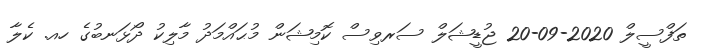
ތަފްސީލް 2020-09-20 ޖުޑީޝަލް ސަރވިސް ކޮމިޝަން މުޙައްމަދު މާލިކު ދޯޅަނބުގެ ހއ. ކެލާ